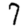
Digit: 7